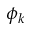
\phi _ { k }